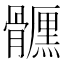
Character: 𩪪